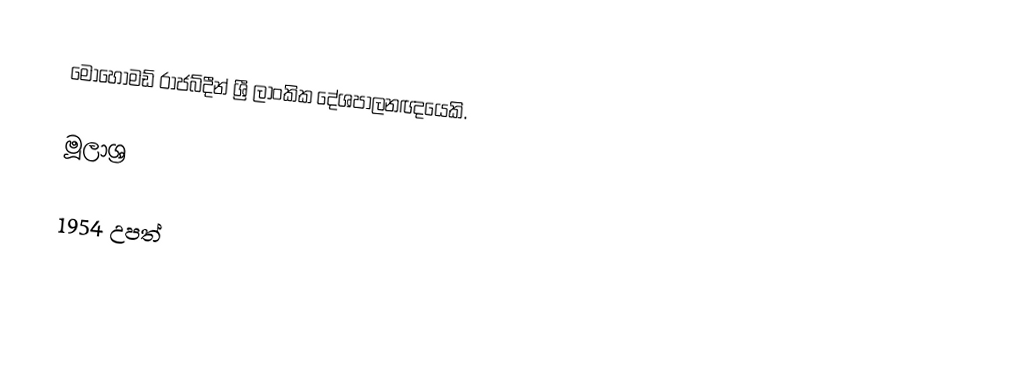
මොහොමඩ් රාජබ්දීන් ශ්‍රී ලාංකික දේශපාලනඥයෙකි.

මූලාශ්‍ර

1954 උපත්